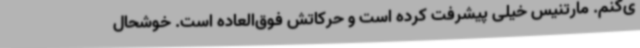
ی‌کنم. مارتنیس خیلی پیشرفت کرده است و حرکاتش فوق‌العاده است. خوشحال